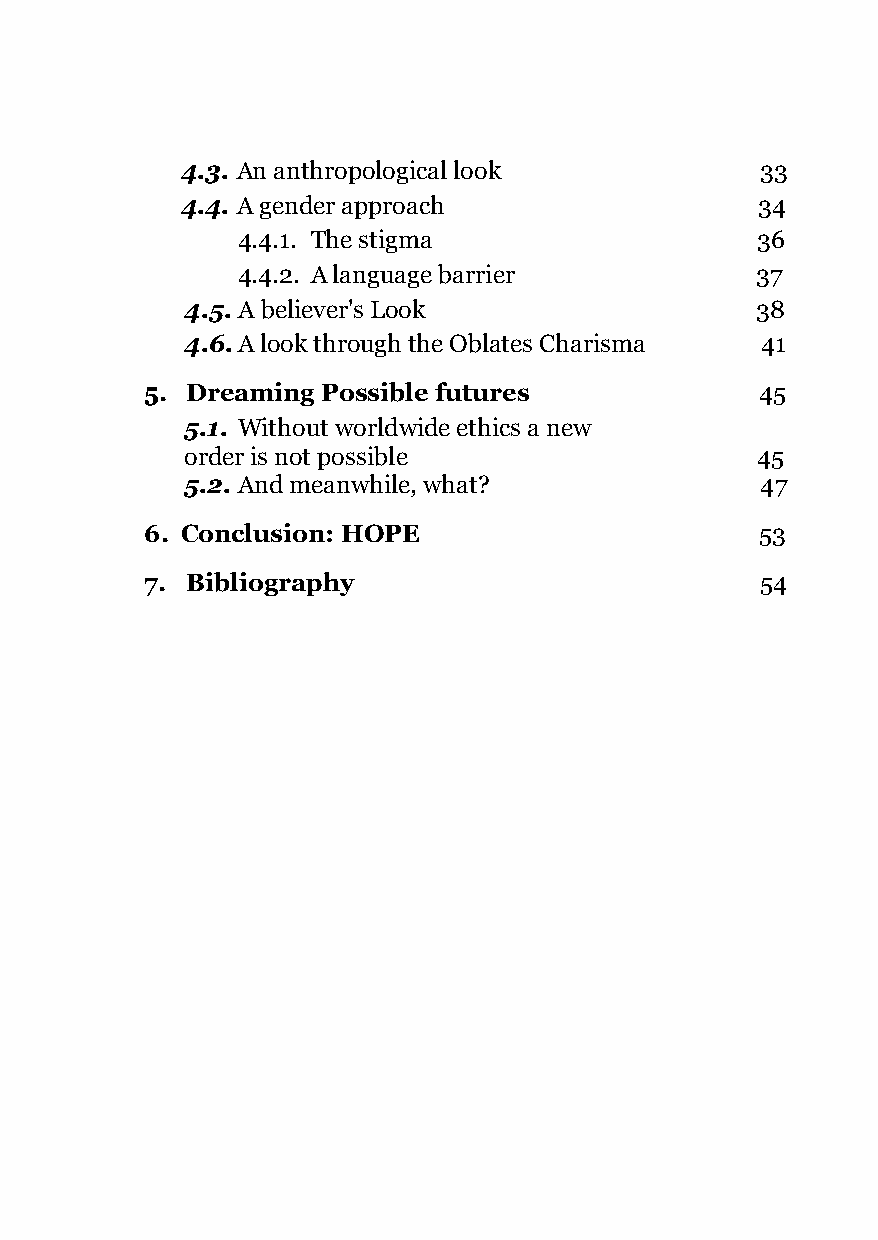
4.3. An anthropological look          33
 4.4. A gender approach                34
 4.4.1. The stigma                 36
 4.4.2. A language barrier         37
 4.5.A believer's Look                 38
 4.6.A look through the Oblates Charisma 41
 5. Dreaming Possible futures            45
 5.1. Without worldwide ethics a new
 order is not possible                 45
 5.2. And meanwhile, what?             47
 6. Conclusion: HOPE                     53
 7. Bibliography                         54